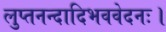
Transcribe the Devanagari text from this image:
लुप्तनन्दादिभववेदनः।